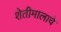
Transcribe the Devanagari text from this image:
शेतीमालाचे